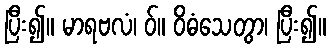
ပြီး၍။ မာရဗလံ၊ ဝ်။ ဝိဓံသေတွာ၊ ပြီး၍။